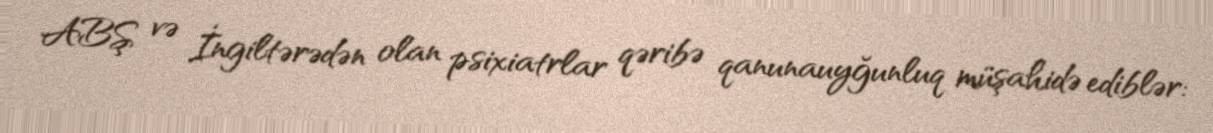
ABŞ və İngiltərədən olan psixiatrlar qəribə qanunauyğunluq müşahidə ediblər: